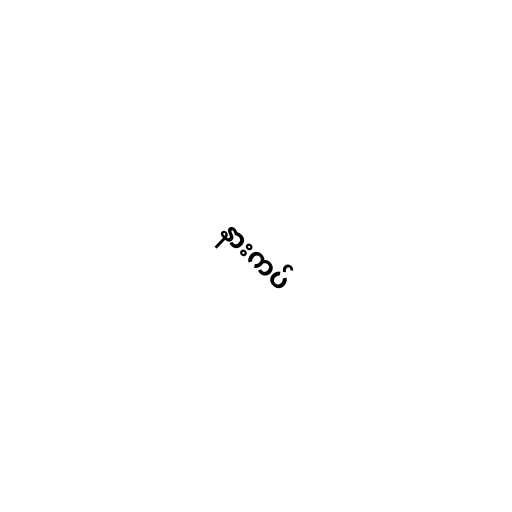
နားကပ်